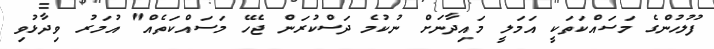
ފުލުހުންގެ މަސައްކަތަކީ އަމަލީ މައިދާނަށް ނުކުމެ ދަސްކުރަން ޖެހޭ މަސައްކަތެއް" އުމަރު ވިދާޅުވި